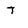
Character: T